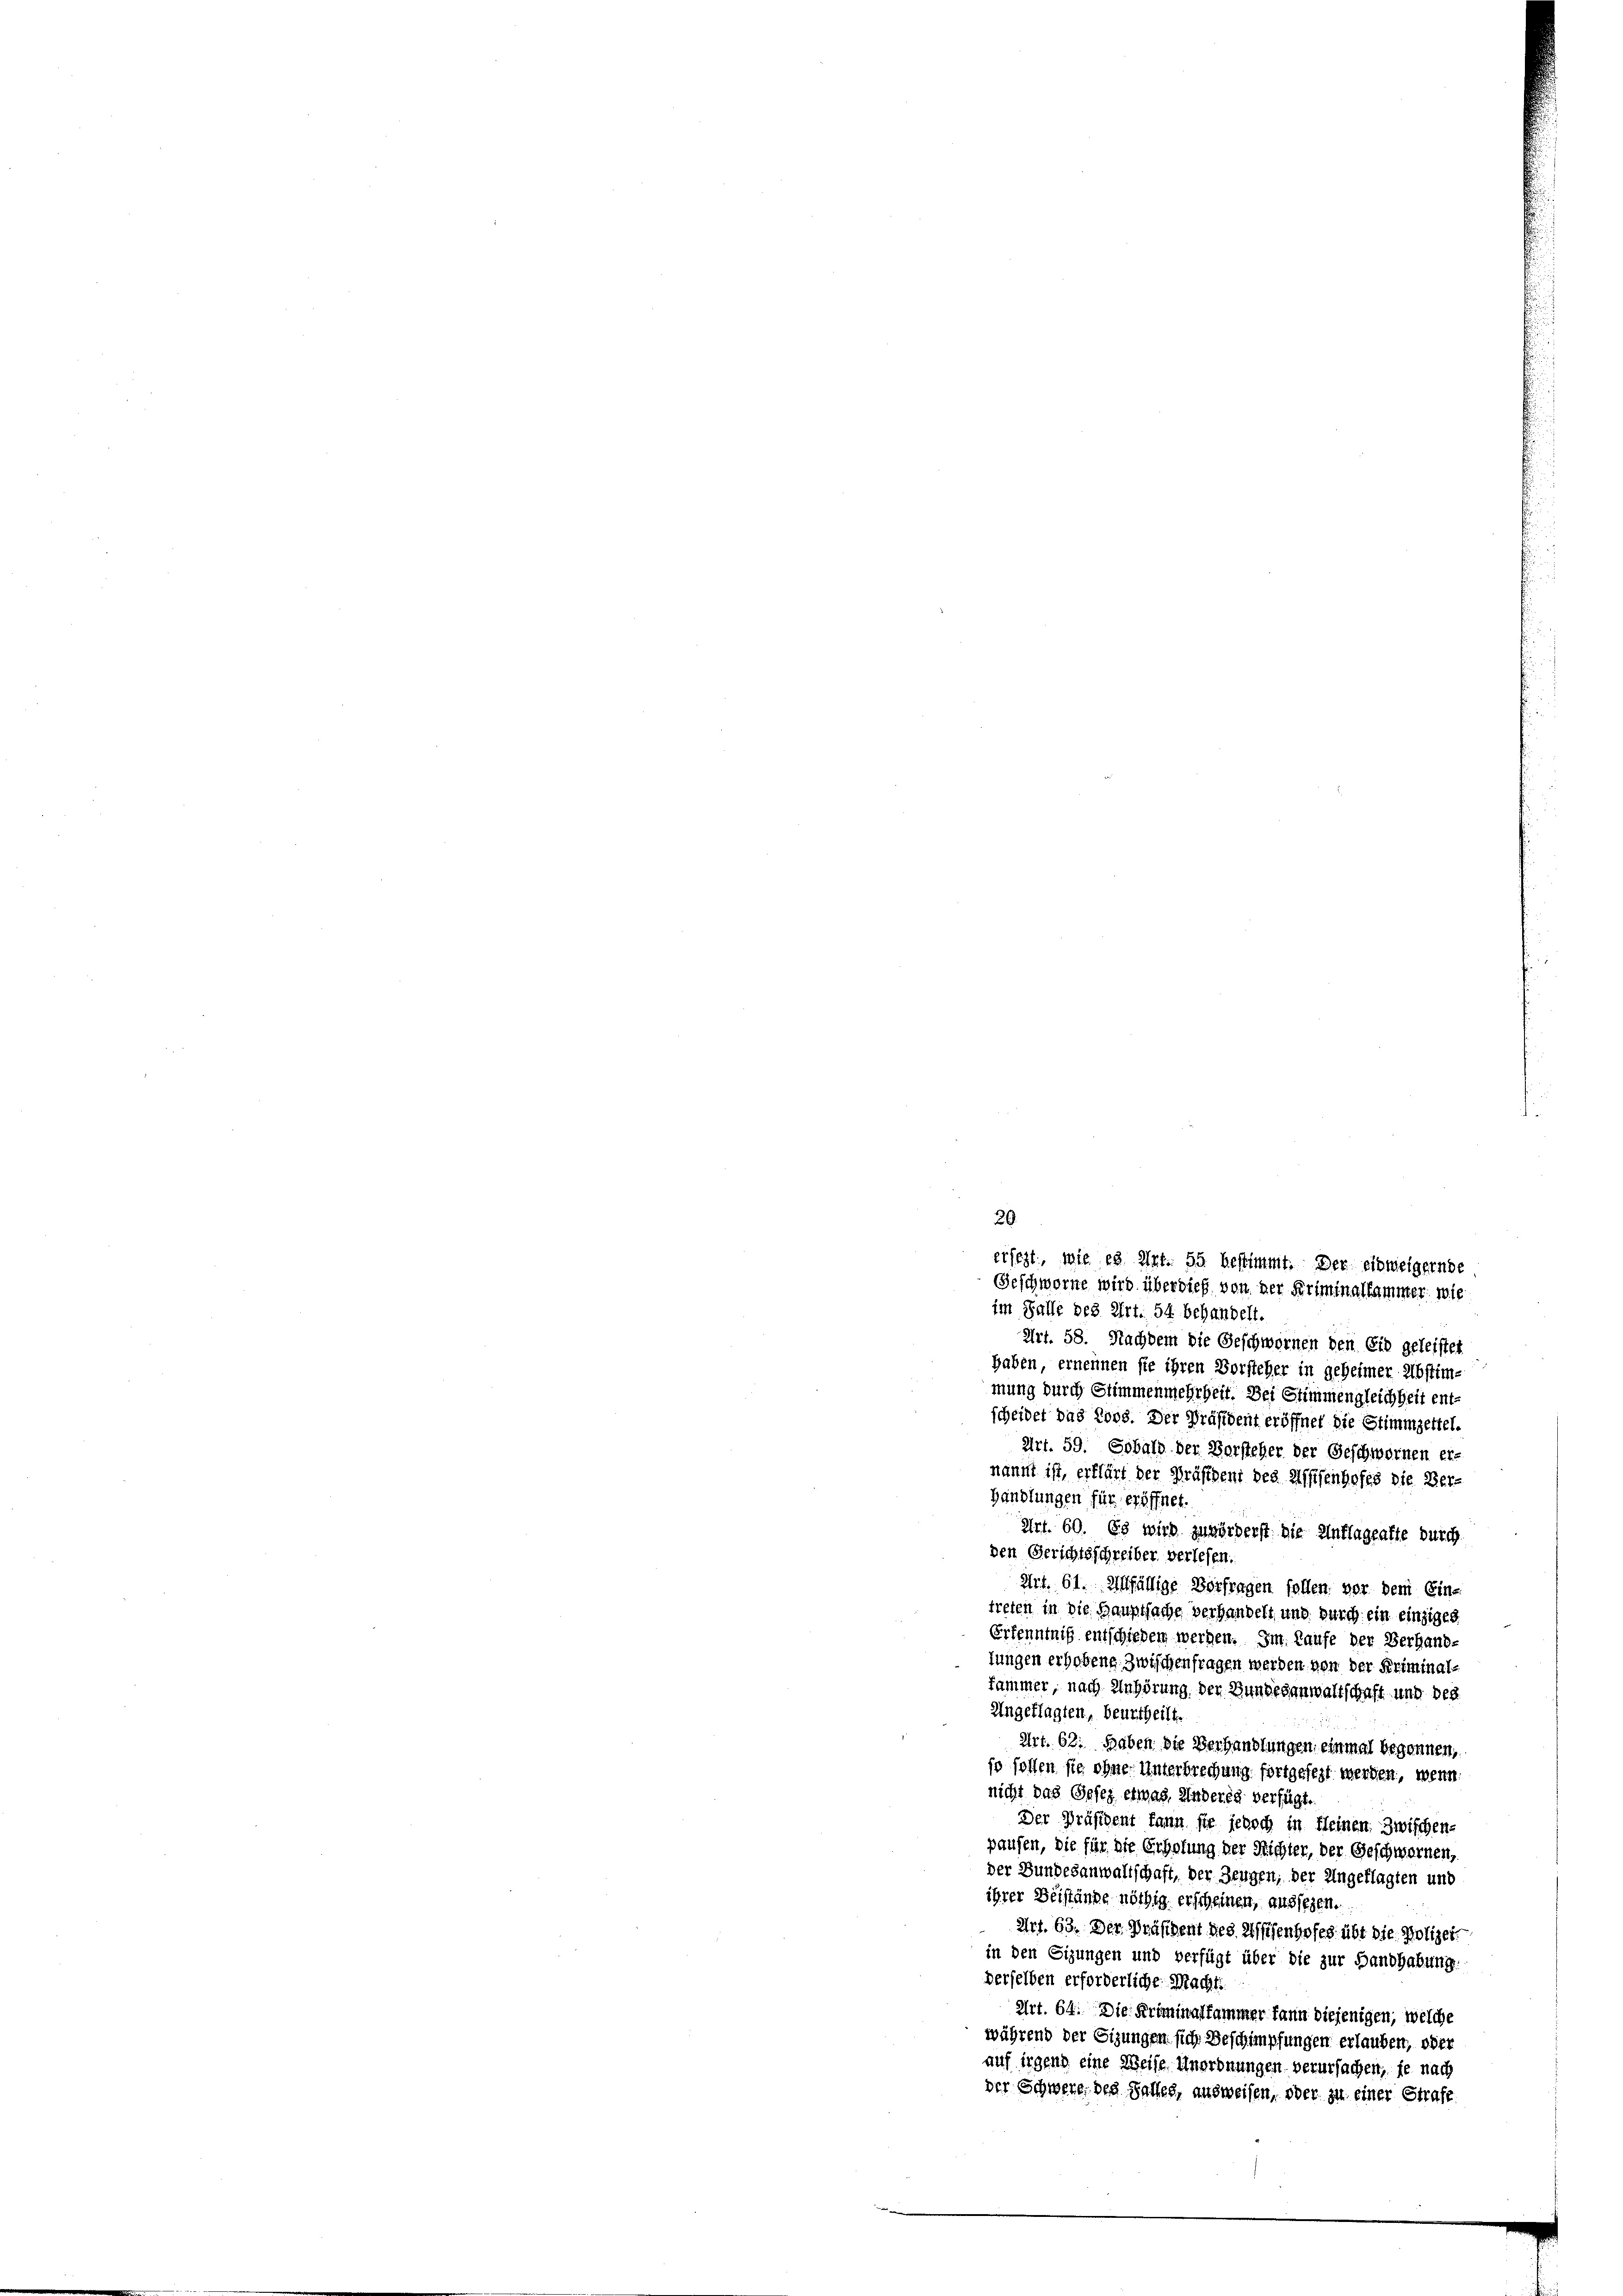
20

im Falle des Art. 54 behandelt.
Art. 58. Nachdem die Geschwornen den Eid geleistet
haben, ernennen sie ihren Vorsteher in geheimer Abstimmung durch Stimmenmehrheit. Der Stimmengleichheit ent
scheidet das Loos. Der Präsident eröffnet die Stimmzettel.
Art. 59. Sobald der Vorsteher der Geschwornen er-
nannt ist, erklärt der Präsident des Affisenhofes die Ber-
Handlungen für eröffnet.
Art. 60. Es wird zuvörderst die Unflagealte durch
den Gerichtsschreiber verlesen.
Art. 61. Allfällige Vorfragen sollen, vor dem Eine
treten in die Hauptsache verhandelt und durch ein einziges
Erkenntniß entschieden werden. Im Laufe der Verhand-
lungen erhobeng zwischenfragen werden von der Kriminal-
fammer, nach Anhörung der Bundesgewaltschaft und der
Angeklagten, beurtheilt.
Art. 62. Haben die Verhandlungen einmal begonnen,
so sollen sie ohne Unterbrechung fortgesezt werden, wenn
nicht das Gesez etwas, Anderes verfügt.
Der Präsident kann sie jedoch in kleinen Zwischen
pausen, die für die Erholung der Richter, der Geschwornen,
der Bundesanwaltschaft, der Zeugen, der Angeklagten und
ihrer Beistände nöthig erscheinen, aussezen.
Art. 63. Der Präsident des Missenhofes übt die Polizei.
in den Sizungen und verfügt über die zur Handhabung
derselben erforderliche Macht:
Art. 64. Die Kriminalfammer kann diejenigen, welche
während der Gizungen sich Beschimpfungen erlauben, ober
auf irgend eine Weise Anordnungen verursachen, je nach
der Schwere des Salles, ausweisen, oder zu einer Strafe

ersezt, wie es Art. 55 bestimmt. Der einweigernde
Geschworne wird überdieß von der Kriminalkammer, wie